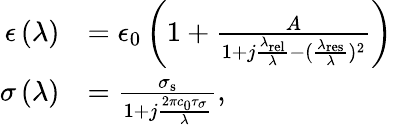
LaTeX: \begin{array}{rl}{\epsilon\left(\lambda\right)}&{=\epsilon_{0}\left(1+\frac{A}{1+j\frac{\lambda_{\mathrm{{rel}}}}{\lambda}-(\frac{\lambda_{\mathrm{res}}}{\lambda})^{2}}\right)}\\ {\sigma\left(\lambda\right)}&{=\frac{\sigma_{\mathrm{{s}}}}{1+j\frac{2\pi c_{0}\tau_{\sigma}}{\lambda}},}\end{array}